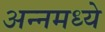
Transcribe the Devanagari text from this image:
अन्नमध्ये